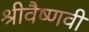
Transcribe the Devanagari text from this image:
श्रीवैष्णवी